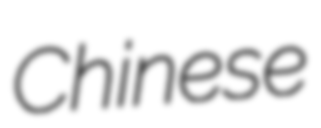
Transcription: Chinese